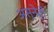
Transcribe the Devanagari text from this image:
अस्नेही